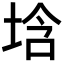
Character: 𡌢